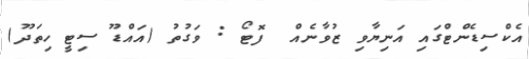
އެކްސިޑެންޓްގައި އަނިޔާވި ޒުވާނެއް  ފޮޓޯ : ވަގުތު (އައްޑޫ ސިޓީ ހިތަދޫ)